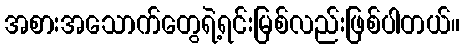
အစားအသောက်တွေရဲ့ရင်းမြစ်လည်းဖြစ်ပါတယ်။